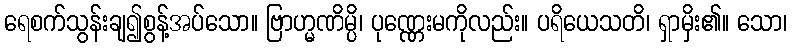
ရေစက်သွန်းချ၍စွန့်အပ်သော။ ဗြာဟ္မဏိမ္ပိ၊ ပုဏ္ဏေးမကိုလည်း။ ပရိယေသတိ၊ ရှာမှိး၏။ သော၊